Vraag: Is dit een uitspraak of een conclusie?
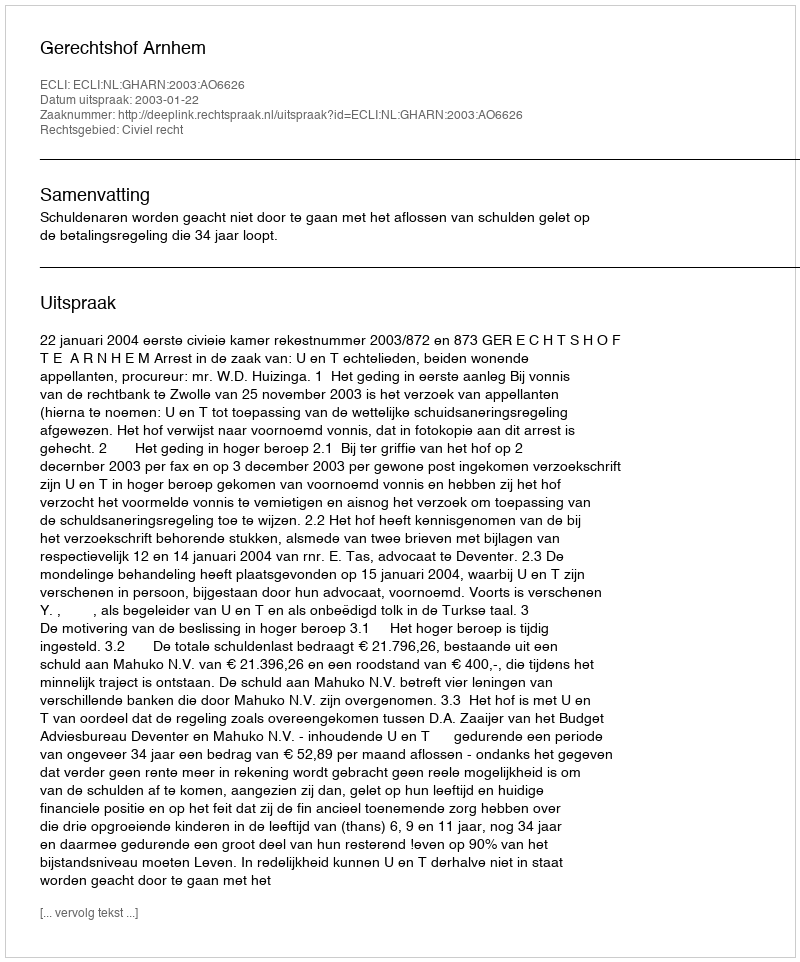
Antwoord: Uitspraak